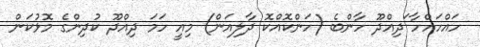
ހައްހައްހާ ަަދިއްދޫ ހާންބެ (ހަންކޮއްކޮ ދާލިއަން) މިއީ ހަމަ ދިއްދޫ ކުދިންގެ މޮޅުކަން